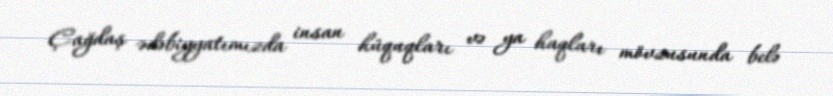
Çağdaş ədəbiyyatımızda insan hüquqları və ya haqları mövzusunda belə